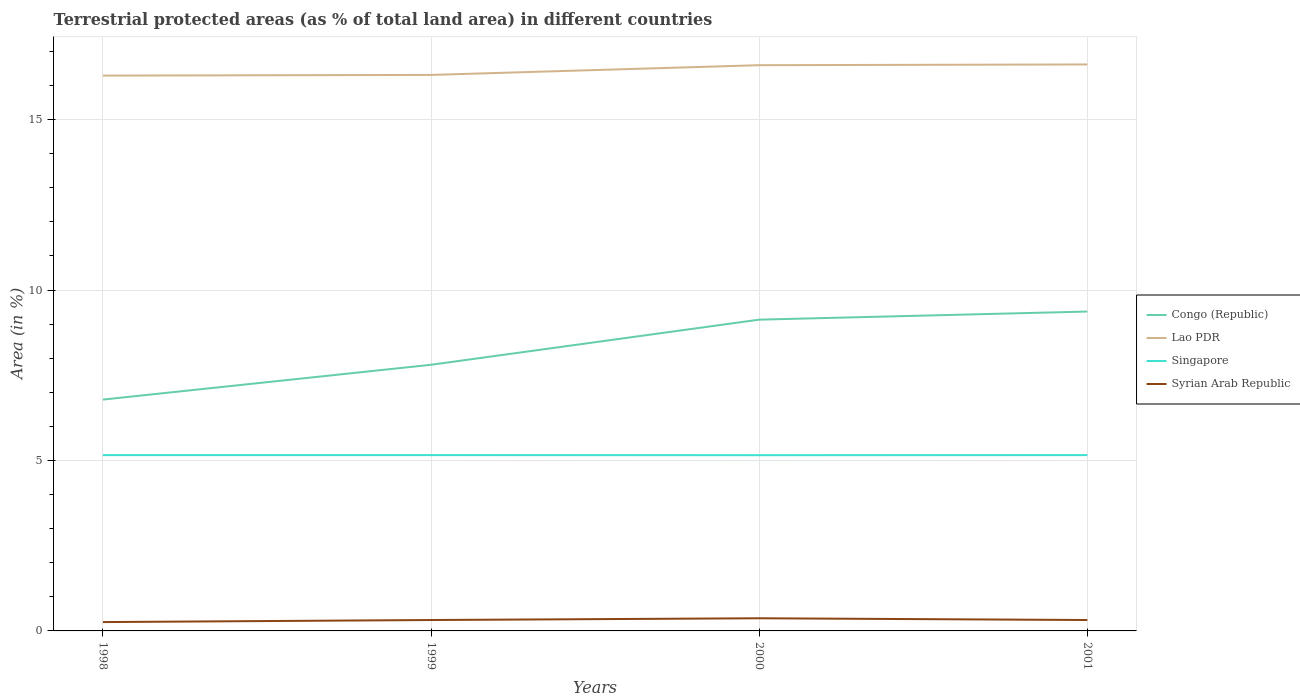
| Years | Congo (Republic) | Lao PDR | Singapore | Syrian Arab Republic |
 | --- | --- | --- | --- | --- |
 | 1998 | 6.79 | 16.3 | 5.16 | 0.259 |
 | 1999 | 7.81 | 16.3 | 5.16 | 0.32 |
 | 2000 | 9.13 | 16.6 | 5.16 | 0.371 |
 | 2001 | 9.37 | 16.6 | 5.16 | 0.32 |